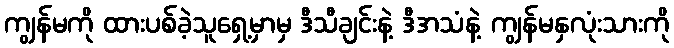
ကျွန်မကို ထားပစ်ခဲ့သူရှေ့မှာမှ ဒီသီချင်းနဲ့ ဒီအသံနဲ့ ကျွန်မနှလုံးသားကို